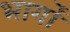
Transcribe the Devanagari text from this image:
भार्गों